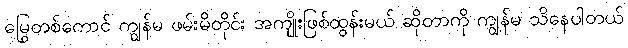
မြွေတစ်ကောင် ကျွန်မ ဖမ်းမိတိုင်း အကျိုးဖြစ်ထွန်းမယ် ဆိုတာကို ကျွန်မ သိနေပါတယ်